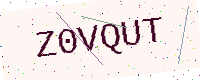
Text: Z0VQUT